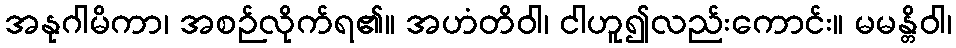
အနုဂါမိကာ၊ အစဉ်လိုက်ရ၏။ အဟံတိဝါ၊ ငါဟူ၍လည်းကောင်း။ မမန္တိဝါ၊